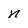
Character: n